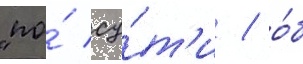
"по́ су́т'и / о́б